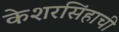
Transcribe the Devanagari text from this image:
केशरसिंहाची